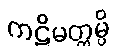
ကဋိမတ္တမ္ပိ